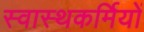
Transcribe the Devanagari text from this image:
स्वास्थकर्मियों